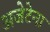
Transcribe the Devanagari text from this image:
अजेटेना